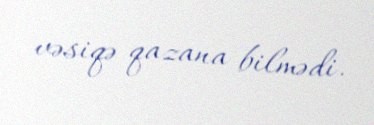
vəsiqə qazana bilmədi.